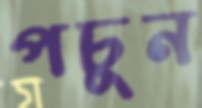
পচুন